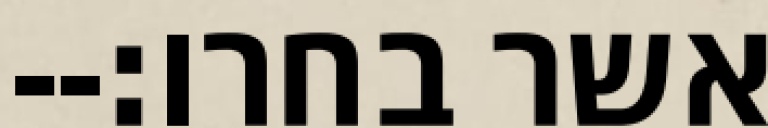
אשר בחרו׃--